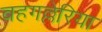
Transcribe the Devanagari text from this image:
वहगल्लेरिया